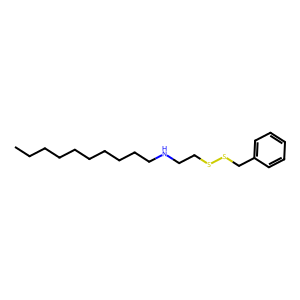
SMILES: CCCCCCCCCCNCCSSCc1ccccc1
Inhibits HIV replication: No